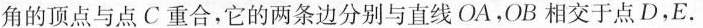
角的顶点与点C重合，它的两条边分别与直线OA，OB相交于点D，E.